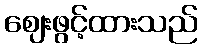
ဈေးဖွင့်ထားသည်